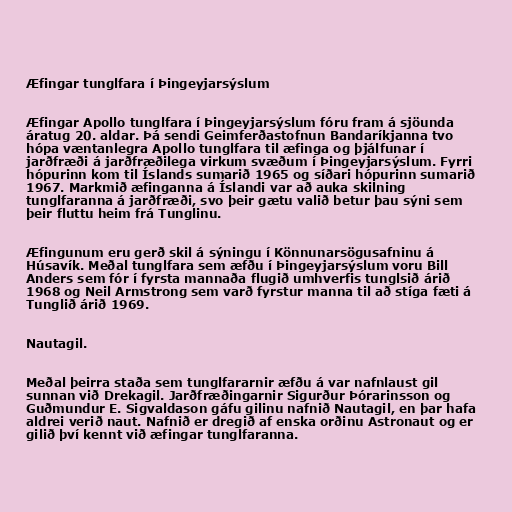
Æfingar tunglfara í Þingeyjarsýslum

Æfingar Apollo tunglfara í Þingeyjarsýslum fóru fram á sjöunda
áratug 20. aldar. Þá sendi Geimferðastofnun Bandaríkjanna tvo
hópa væntanlegra Apollo tunglfara til æfinga og þjálfunar í
jarðfræði á jarðfræðilega virkum svæðum í Þingeyjarsýslum. Fyrri
hópurinn kom til Íslands sumarið 1965 og síðari hópurinn sumarið
1967. Markmið æfinganna á Íslandi var að auka skilning
tunglfaranna á jarðfræði, svo þeir gætu valið betur þau sýni sem
þeir fluttu heim frá Tunglinu.

Æfingunum eru gerð skil á sýningu í Könnunarsögusafninu á
Húsavík. Meðal tunglfara sem æfðu í Þingeyjarsýslum voru Bill
Anders sem fór í fyrsta mannaða flugið umhverfis tunglsið árið
1968 og Neil Armstrong sem varð fyrstur manna til að stíga fæti á
Tunglið árið 1969.

Nautagil.

Meðal þeirra staða sem tunglfararnir æfðu á var nafnlaust gil
sunnan við Drekagil. Jarðfræðingarnir Sigurður Þórarinsson og
Guðmundur E. Sigvaldason gáfu gilinu nafnið Nautagil, en þar hafa
aldrei verið naut. Nafnið er dregið af enska orðinu Astronaut og er
gilið því kennt við æfingar tunglfaranna.